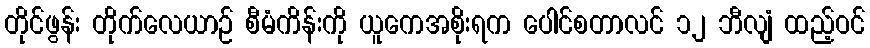
တိုင်ဖွန်း တိုက်လေယာဉ် စီမံကိန်းကို ယူကေအစိုးရက ပေါင်စတာလင် ၁၂ ဘီလျံ ထည့်ဝင်